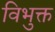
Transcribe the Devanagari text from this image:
विभुक्त